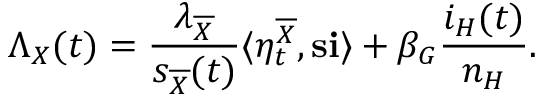
\Lambda _ { X } ( t ) = \frac { \lambda _ { \overline { { X } } } } { s _ { \overline { { X } } } ( t ) } \langle \eta _ { t } ^ { \overline { { X } } } , \mathbf { s } \mathbf { i } \rangle + \beta _ { G } \frac { i _ { H } ( t ) } { n _ { H } } .